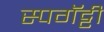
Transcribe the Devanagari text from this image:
स्पगॅट्टी